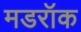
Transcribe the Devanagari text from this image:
मडरॉक